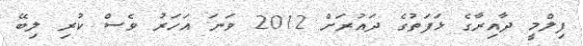
ފިލްމީ ދާއިރާގެ ޅަފަތުގެ ދައުރަށް 2012 ވަނަ އަހަރު ވެސް ކުރި ލިބޭ